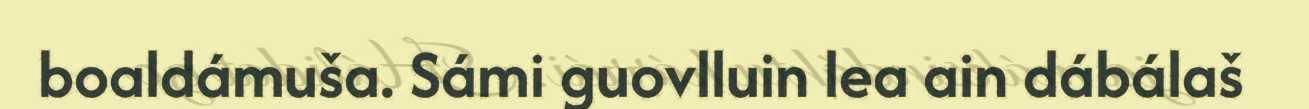
boaldámuša. Sámi guovlluin lea ain dábálaš